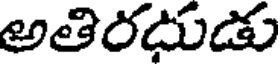
అతిరదుడు